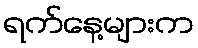
ရက်နေ့များက